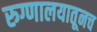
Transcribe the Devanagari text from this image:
रुग्णालयातूनच